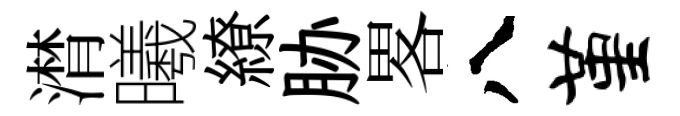
潸曦繚胁畧八堇